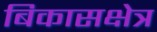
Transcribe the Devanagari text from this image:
बिकासक्षेत्र